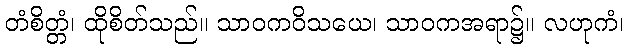
တံစိတ္တံ၊ ထိုစိတ်သည်။ သာဝကဝိသယေ၊ သာဝကအရာ၌။ လဟုကံ၊